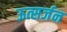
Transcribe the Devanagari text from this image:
ऊत्सर्जन